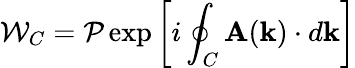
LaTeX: \mathcal{W}_{C}=\mathcal{P}\exp\left[i\oint_{C}\mathbf{A}(\mathbf{k})\cdot d\mathbf{k}\right]